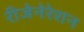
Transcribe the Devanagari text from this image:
रीजेनेरेशन